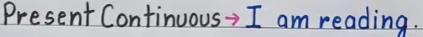
Present Continuous -> I am reading .